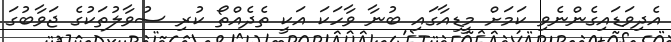
އެދިވަޑައިގެންނެވި ކަމަށް މީޑިއާގައި ބުނާ ވާހަކަ އަކީ ތެދެއްތޯ ކުރި ސުވާލުތަކުގެ ޖަވާބުގަ